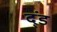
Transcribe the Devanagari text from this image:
द्ंड